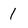
Character: 1